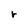
Character: r